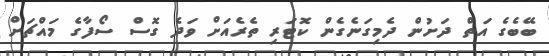
ބޭބެގެ އަތް ދަށުން ދެމިގަނެގެން ކޮޓަރި ތެރެއަށް ވަދެ ގޮސް ސޯފާގެ މައްޗަށް